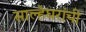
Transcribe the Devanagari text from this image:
साल्हेघरांची